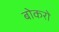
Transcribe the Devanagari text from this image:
बोकरो